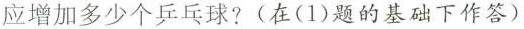
应增加多少个乒乓球?(在(1)题的基础下作答)